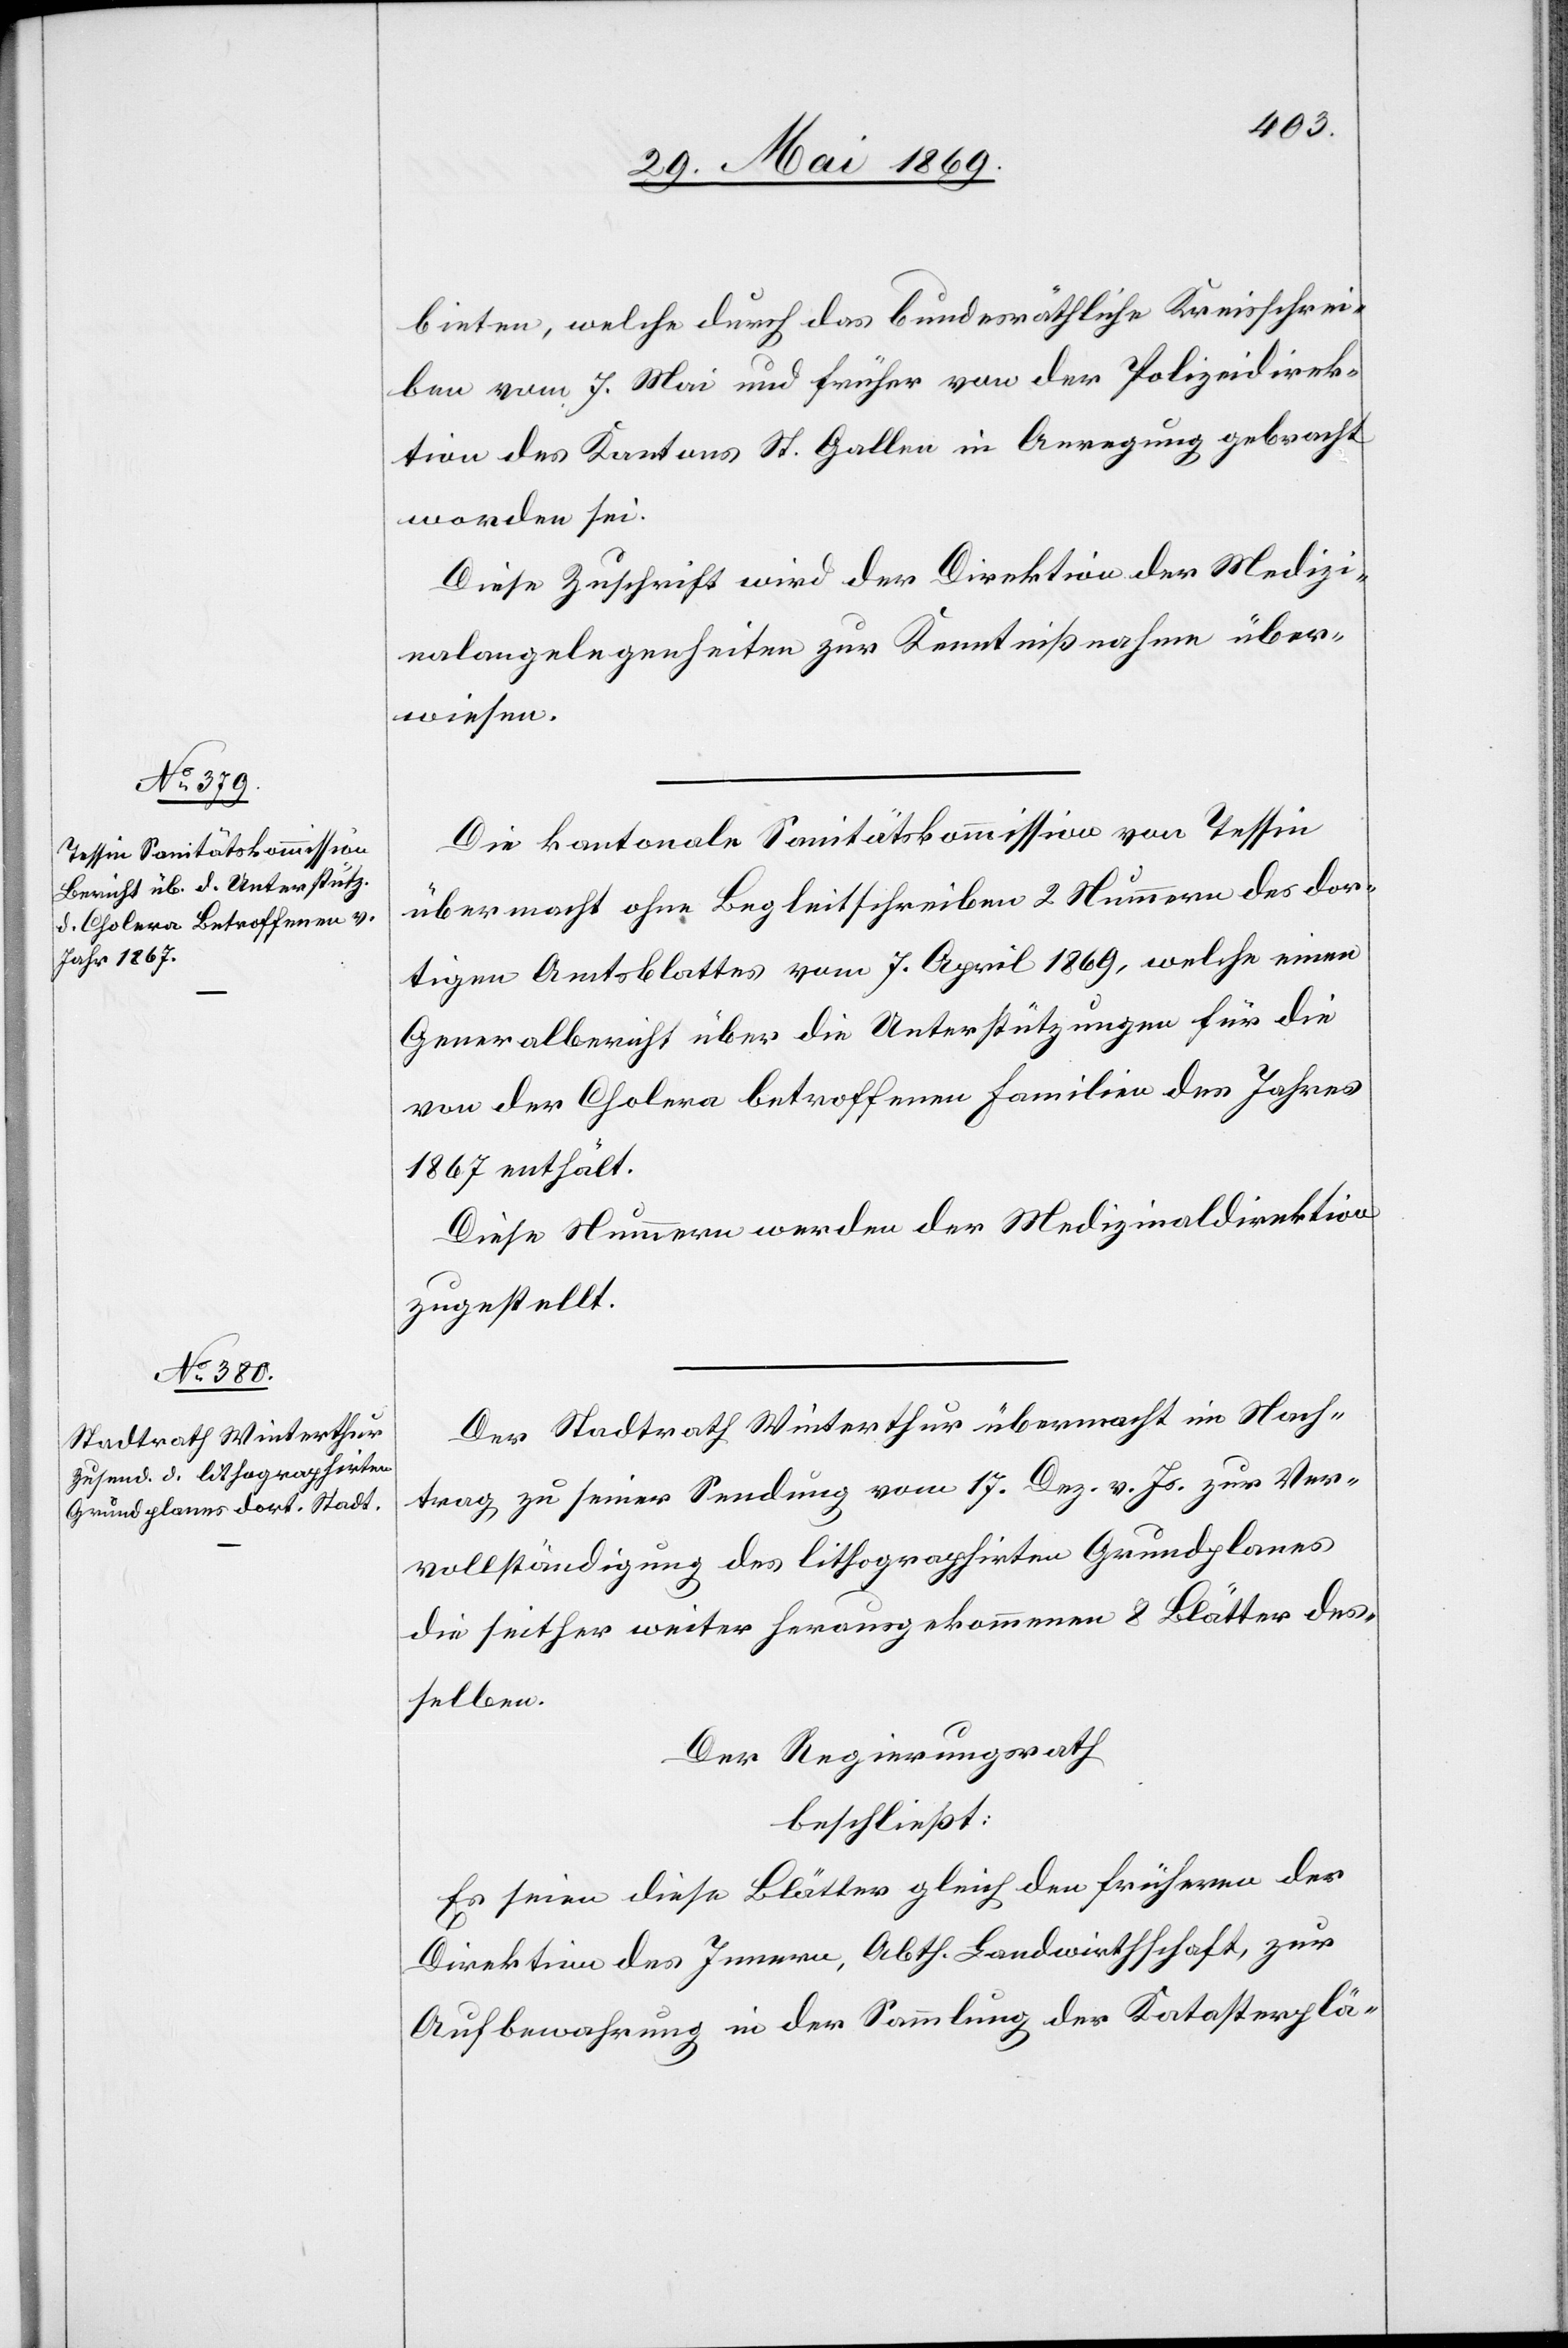
bieten, welche durch das bundesräthliche Kreisschrei¬
ben vom 7 Mai und früher von der Polizeidirek¬
tion des Kantons St. Gallen in Anregung gebracht
worden sei.
Diese Zuschrift wird der Direktion der Medizi¬
nalangelegenheiten zur Kenntnißnahme über¬
wiesen.
Die kantonale Sanitätskommission von Tessin
übermacht ohne Begleitschreiben 2 Nummern des dor¬
tigen Amtsblattes vom 7 April 1869, welche einen
Generalbericht über die Unterstützungen für die
von der Cholera betroffenen Familien des Jahres
1867 enthält.
Diese Nummern werden der Medizinaldirektion
zugestellt.
Der Stadtrath Winterthur übermacht im Nach¬
trag zu seiner Sendung vom 17. Dez. v. Js. zur Ver¬
vollständigung des lithographirten Grundplanes
die seither weiter herausgekommenen 8 Blätter des¬
selben.
Der Regierungsrath
beschließt:
Es seien diese Blätter gleich den frühern der
Direktion des Innern, Abth. Landwirthschaft, zur
Aufbewahrung in der Sammlung der Katasterplä-